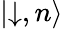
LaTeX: \left|\downarrow,n\right\rangle